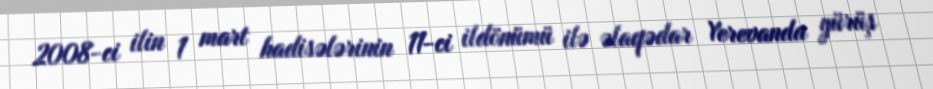
2008-ci ilin 1 mart hadisələrinin 11-ci ildönümü ilə əlaqədar Yerevanda yürüş